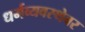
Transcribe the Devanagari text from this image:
धर्मव्यवस्थेवर